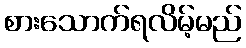
စားသောက်ရလိမ့်မည်